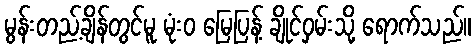
မွန်းတည့်ချိန်တွင်မူ မုံးဝ မြေပြန့် ချိုင်ဝှမ်းသို့ ရောက်သည်။